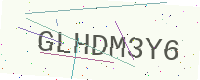
Text: GLHDM3Y6